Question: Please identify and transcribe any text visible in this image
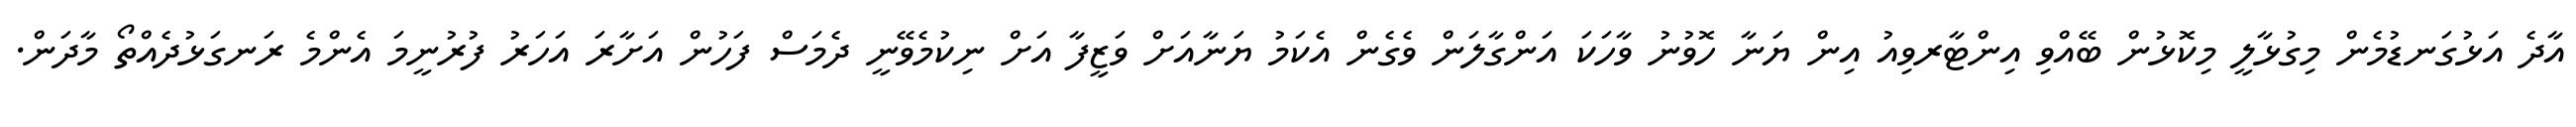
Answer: އާދެ އަޅުގަނޑުމެން މިގުޅާލީ މިކޮޅުން ބޭއްވި އިންޓާރވިއު އިން ޔަނާ ހޮވުނު ވާހަކަ އަންގާލަން ވެގެން އެކަމު ޔަނާއަށް ވަޒީފާ އަށް ނިކުމެވޭނީ ދެމަސް ފަހުން އަށާރަ އަހަރު ފުރުނީމަ އެންމެ ރަނގަޅުދެއްތޯ މާދަން.